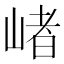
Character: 𡺐